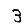
Digit: 3